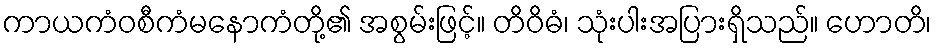
ကာယကံဝစီကံမနောကံတို့၏ အစွမ်းဖြင့်။ တိဝိဓံ၊ သုံးပါးအပြားရှိသည်။ ဟောတိ၊